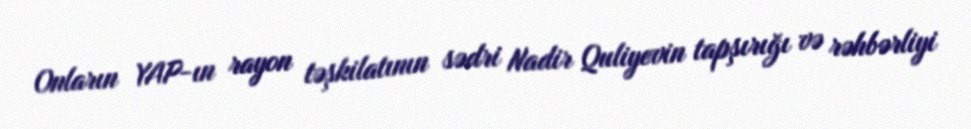
Onların YAP-ın rayon təşkilatının sədri Nadir Quliyevin tapşırığı və rəhbərliyi